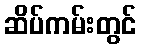
ဆိပ်ကမ်းတွင်